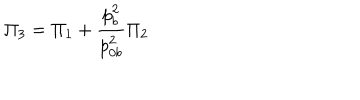
\Pi _ { 3 } = \Pi _ { 1 } + { \frac { p _ { b } ^ { 2 } } { p _ { 0 b } ^ { 2 } } } \Pi _ { 2 }